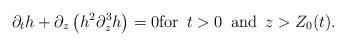
LaTeX: \begin{align*}\partial_t h + \partial_z\left(h^2 \partial_z^3 h\right) = 0 \mbox{for } \, t > 0 \, \mbox{ and } \, z > Z_0(t).\end{align*}